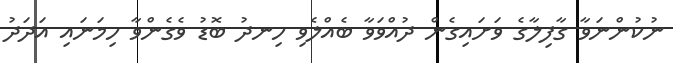
ނުކުންނަވާ ގާފިލާގެ ވަށައިގެން ދުއްވަވާ ބެއްލެވި ހިނދު ބޮޑު ވެގެންވާ ހިމަނައި އަދަދު